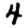
Digit: 4